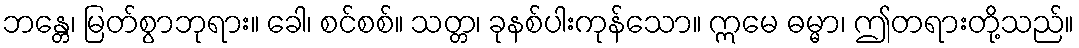
ဘန္တေ၊ မြတ်စွာဘုရား။ ခေါ၊ စင်စစ်။ သတ္တ၊ ခုနစ်ပါးကုန်သော။ ဣမေ ဓမ္မာ၊ ဤတရားတို့သည်။